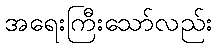
အရေးကြီးသော်လည်း